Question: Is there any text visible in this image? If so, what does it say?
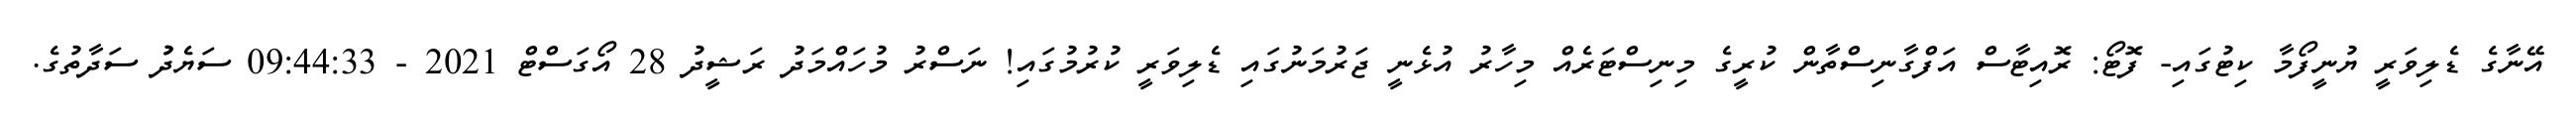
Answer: އޭނާގެ ޑެލިވަރީ ޔުނީފޯމާ ކިޓުގައި- ފޮޓޯ: ރޮއިޓާސް އަފްގާނިސްތާން ކުރީގެ މިނިސްޓަރެއް މިހާރު އުޅެނީ ޖަރުމަނުގައި ޑެލިވަރީ ކުރުމުގައި! ނަސްރު މުހައްމަދު ރަޝީދު 28 އޯގަސްޓް 2021 - 09:44:33 ސަޔެދުު ސަދާތުގެ.